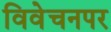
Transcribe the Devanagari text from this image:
विवेचनपर